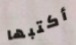
أكتبها